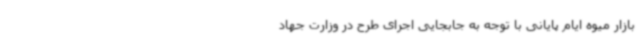
بازار میوه ایام پایانی با توجه به جابجایی اجرای طرح در وزارت جهاد